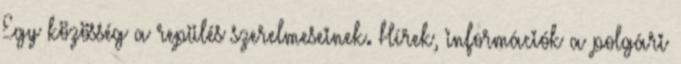
Egy közösség a repülés szerelmeseinek. Hírek, információk a polgári